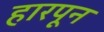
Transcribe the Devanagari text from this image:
हारपून